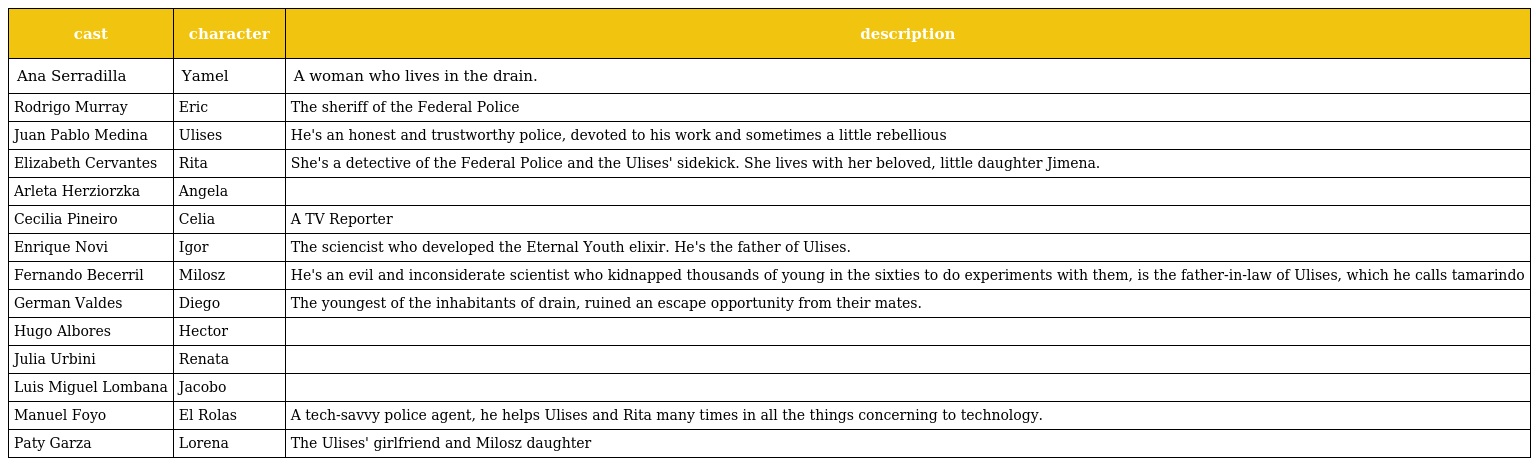
| cast | character | description |
 | --- | --- | --- |
 | Ana Serradilla | Yamel | A woman who lives in the drain. |
 | Rodrigo Murray | Eric | The sheriff of the Federal Police |
 | Juan Pablo Medina | Ulises | He's an honest and trustworthy police, devoted to his work and sometimes a little rebellious |
 | Elizabeth Cervantes | Rita | She's a detective of the Federal Police and the Ulises' sidekick. She lives with her beloved, little daughter Jimena. |
 | Arleta Herziorzka | Angela |  |
 | Cecilia Pineiro | Celia | A TV Reporter |
 | Enrique Novi | Igor | The sciencist who developed the Eternal Youth elixir. He's the father of Ulises. |
 | Fernando Becerril | Milosz | He's an evil and inconsiderate scientist who kidnapped thousands of young in the sixties to do experiments with them, is the father-in-law of Ulises, which he calls tamarindo |
 | German Valdes | Diego | The youngest of the inhabitants of drain, ruined an escape opportunity from their mates. |
 | Hugo Albores | Hector |  |
 | Julia Urbini | Renata |  |
 | Luis Miguel Lombana | Jacobo |  |
 | Manuel Foyo | El Rolas | A tech-savvy police agent, he helps Ulises and Rita many times in all the things concerning to technology. |
 | Paty Garza | Lorena | The Ulises' girlfriend and Milosz daughter |